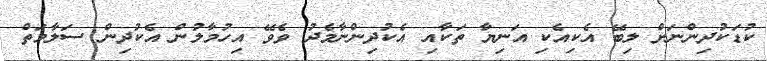
ކުޑަކުދިންނަށް ލިބޭ އެކިއެކި އަނިޔާ ތަކާއި އެކުދިންނާމެދު ވެވޭ އިހުމާލުން އެކުދިން ސަލާމަތް